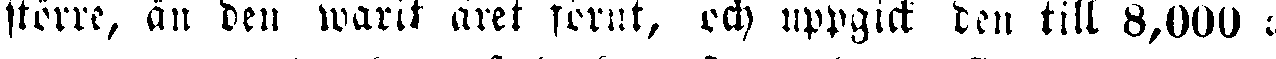
större, än den warit året fornt, och uppgick den till 8,000 i